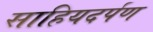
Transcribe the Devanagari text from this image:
साहियदर्पण